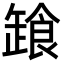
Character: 𩛒